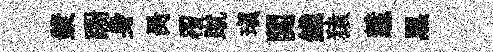
漿蹰身昺覆蹴瑱関鐵猿慧黑